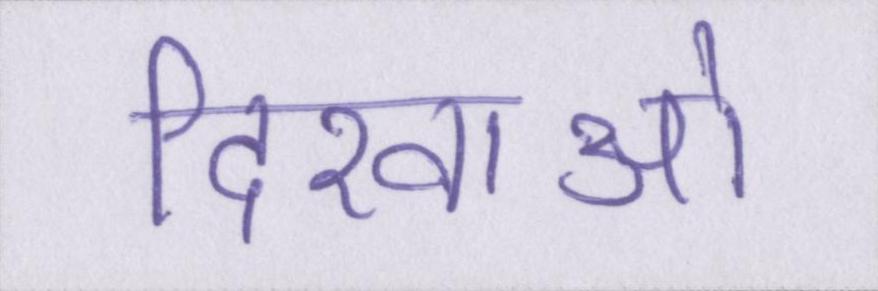
दिखाओ